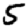
Digit: 5